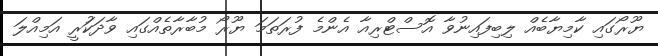
ޔޫރޯގައި ކާމިޔާބެއް ލިބިފައިނުވާ އޮސްޓްރިއާ އެންމެ ފުރަތަމަ ޔޫރޯ މުބާރާތެއްގައި ވާދަކަުރީ އަމިއްލަ